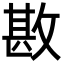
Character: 𢾤